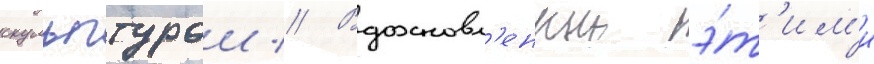
скульптурои // Вдохновл'енныи э́т'им'и